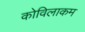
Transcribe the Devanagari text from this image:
कोविलाकम